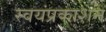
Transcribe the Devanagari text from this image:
स्वयंप्रकाशन